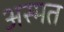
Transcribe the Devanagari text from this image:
अस्मत